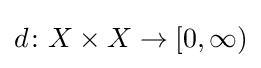
d\colon X\times X\to [0,\infty )